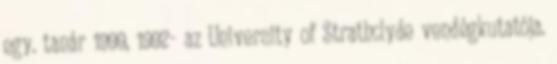
egy. tanár 1999, 1992- az University of Strathclyde vendégkutatója.